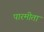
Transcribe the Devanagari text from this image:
पारमीता